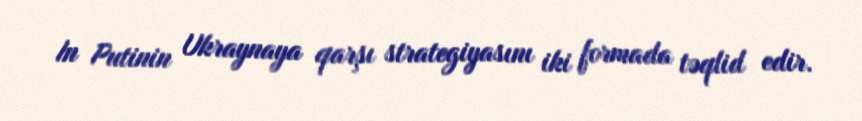
In Putinin Ukraynaya qarşı strategiyasını iki formada təqlid edir.